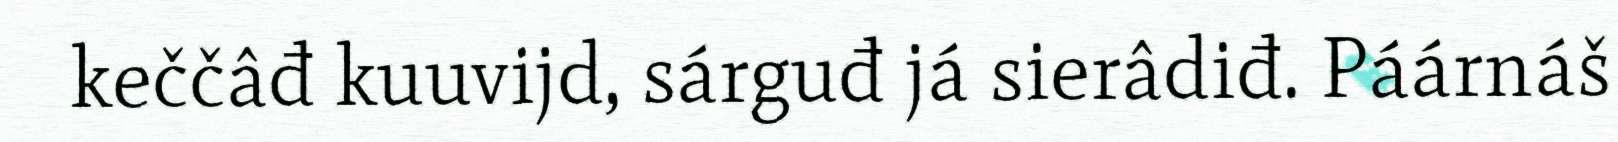
keččâđ kuuvijd, sárguđ já sierâdiđ. Páárnáš